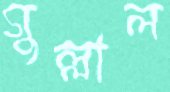
গুল্লাল